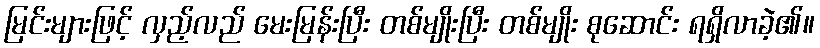
မြင်းများဖြင့် လှည့်လည် မေးမြန်းပြီး တစ်မျိုးပြီး တစ်မျိုး စုဆောင်း ရရှိလာခဲ့၏။